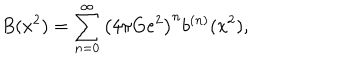
LaTeX: B ( x ^ { 2 } ) = \sum _ { n = 0 } ^ { \infty } \left( 4 \pi G e ^ { 2 } \right) ^ { n } b ^ { ( n ) } ( x ^ { 2 } ) ,